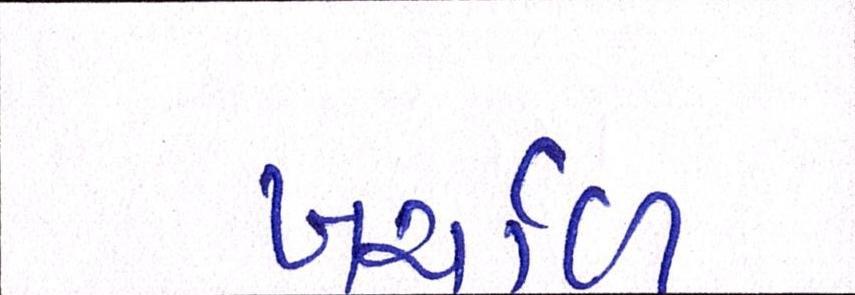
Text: ખર્ચાળ